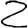
Digit: 2